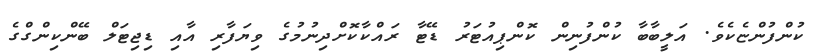
ކުންފުންޏެކެވެ. އަލީބާބާ ކުންފުނިން ކޮންޕިއުޓަރު ޑޭޓާ ރައްކާކޮށްދިނުމުގެ ވިޔަފާރި އާއި ޑިޖިޓަލް ބޭންކިންގްގެ